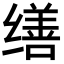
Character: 缮